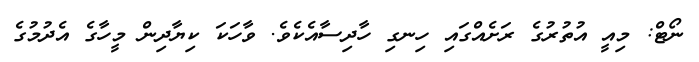
ނޯޓް: މިއީ އުތުރުގެ ރަށެއްގައި ހިނގި ހާދިސާއެކެވެ. ވާހަކަ ކިޔާދިން މީހާގެ އެދުމުގެ